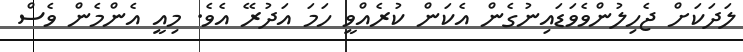
ލަދަކަށް ޖެހިލުންވެވަޑައިނުގެން އެކަން ކުރެއްވީ ހަމަ އަދުރޭ އެވެ. މިއީ އެންމެން ވެސް